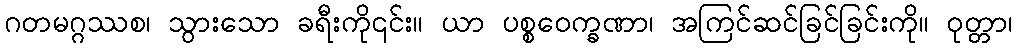
ဂတမဂ္ဂဿစ၊ သွားသော ခရီးကို၎င်း။ ယာ ပစ္စဝေက္ခဏာ၊ အကြင်ဆင်ခြင်ခြင်းကို။ ဝုတ္တာ၊